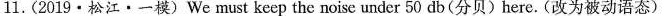
11.(2019·松江·一模)We must keep the noise under 50 db(分贝)here.(改为被动语态)